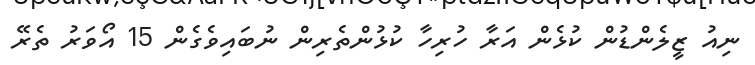
ނިއު ޒީލެންޑުން ކުޅެން އަރާ ހުރިހާ ކުޅުންތެރިން ނުބައިވެގެން 15 އޯވަރު ތެރޭ